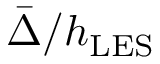
\bar { \Delta } / h _ { \mathrm { { L E S } } }